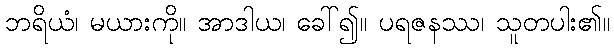
ဘရိယံ၊ မယားကို။ အာဒါယ၊ ခေါ်၍။ ပရဇနဿ၊ သူတပါး၏။